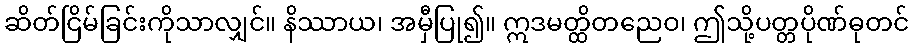
ဆိတ်ငြိမ်ခြင်းကိုသာလျှင်။ နိဿာယ၊ အမှီပြု၍။ ဣဒမတ္ထိတညေဝ၊ ဤသို့ပတ္တပိုဏ်ဓုတင်